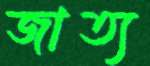
জাত্য